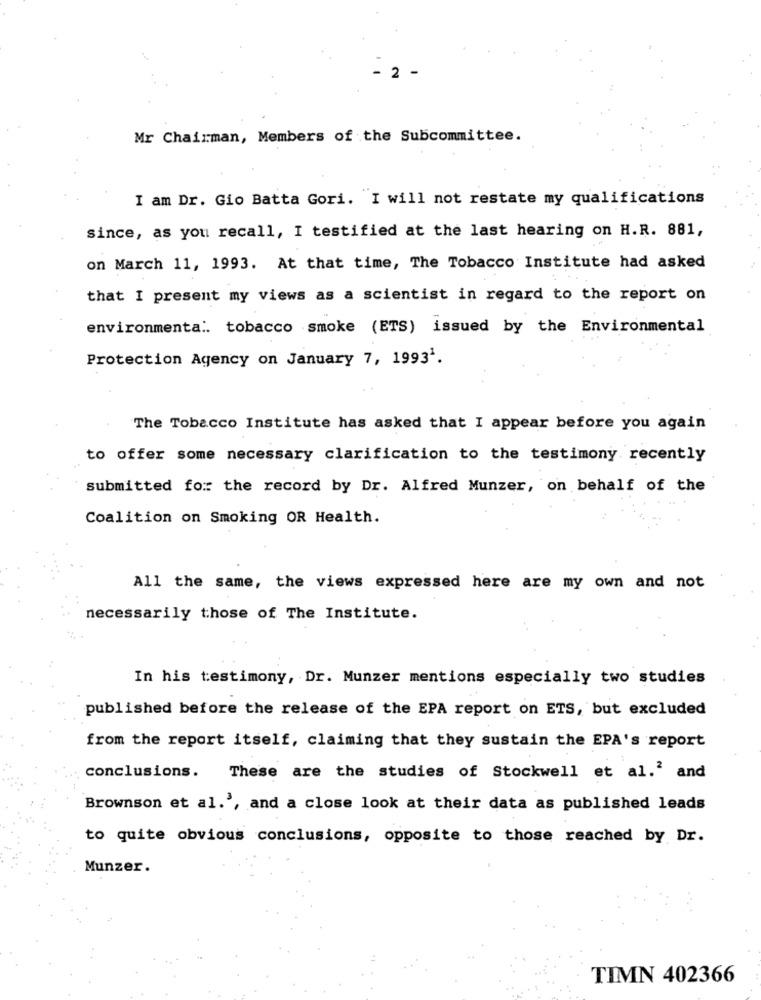
Mr Chairman, Members of the Subcommittee.
I am Dr. Gio Batta Gori. I will not restate my qualifications
since, as you recall, I testified at the last hearing on H.R. 881,
on March 11, 1993. At that time, The Tobacco Institute had asked
that I present my views as a scientist in regard to the report on
environmenta .. tobacco smoke (ETS) issued by the Environmental
Protection Agency on January 7, 19931.
The Tobacco Institute has asked that I appear before you again
to offer some necessary clarification to the testimony recently
submitted for the record by Dr. Alfred Munzer, on behalf of the
Coalition on Smoking OR Health.
All the same, the views expressed here are my own and not
necessarily those of The Institute.
In his testimony, Dr. Munzer mentions especially two studies
published before the release of the EPA report on ETS, but excluded
from the report itself, claiming that they sustain the EPA's report
conclusions.
These are the studies of Stockwell et al.2 and
Brownson et al.', and a close look at their data as published leads
to quite obvious conclusions, opposite to those reached by Dr.
Munzer.
TIMN 402366